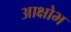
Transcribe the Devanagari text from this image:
आक्षोभ